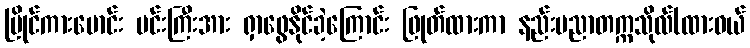
ပြိုင်ကားမောင်း မင်းကြီးအား ရှာဖွေနိုင်ခဲ့ကြောင်း ဖြုတ်ထားကာ နည်းပညာတက္ကသိုလ်(ထားဝယ်